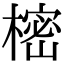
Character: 樒